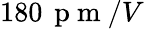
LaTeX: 180\, \mathrm{~p~m~}/V